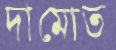
দামোত